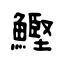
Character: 鰹